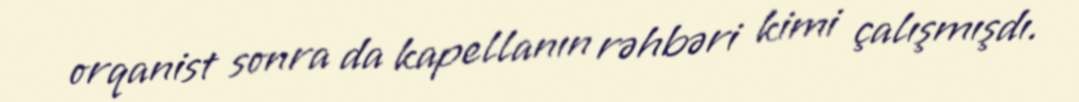
orqanist sonra da kapellanın rəhbəri kimi çalışmışdı.